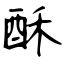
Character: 酥